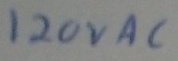
Text: 120VAC